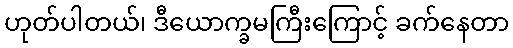
ဟုတ်ပါတယ်၊ ဒီယောက္ခမကြီးကြောင့် ခက်နေတာ